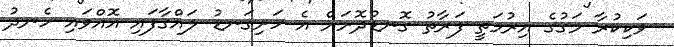
ވަކިކުރާ މަގުގެ އިރުމަތީ ފަރާތު ގޮނޑުދޮށަށް އެ ހަށިގަނޑު ލައްގާފައި އޮއްވައި ހެނދު